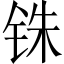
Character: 铢